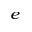
^ e